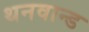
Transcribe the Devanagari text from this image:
थनवान्ड